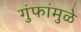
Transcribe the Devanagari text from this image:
गुंफांमुळे